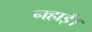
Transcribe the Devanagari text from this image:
नहाई।